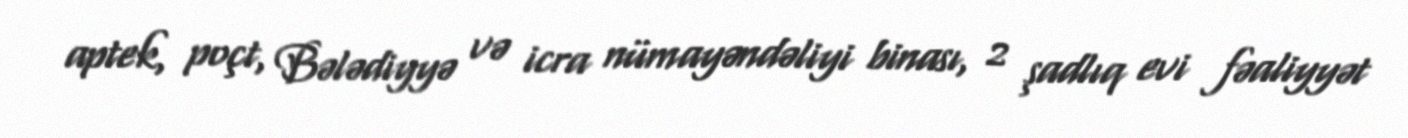
aptek, poçt, Bələdiyyə və icra nümayəndəliyi binası, 2 şadlıq evi fəaliyyət